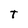
Character: T